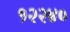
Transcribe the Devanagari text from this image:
१२२४०